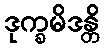
ဒုက္ခမိဒန္တိ